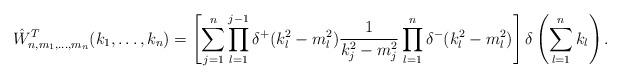
LaTeX: \begin{align*}\hat W_{n,m_1,\ldots,m_n}^T(k_1,\ldots,k_n)=\left[\sum_{j=1}^n \prod_{l=1}^{j-1} \delta^+(k_l^2-m_l^2)\frac{1}{k_j^2-m_j^2}\prod_{l=1}^n \delta^-(k_l^2-m_l^2)\right]\delta\left(\sum_{l=1}^nk_l\right).\end{align*}